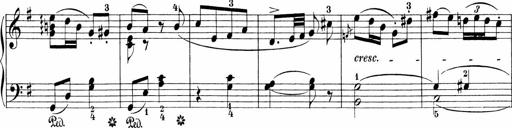
Title: 3 Sonatinas
Composer: Carl Reinecke